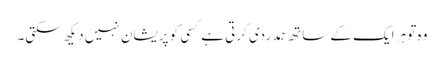
وہ تو ہر ایک کے ساتھ ہمدردی کرتی ہے کسی کو پریشان نہیں دیکھ سکتی۔